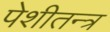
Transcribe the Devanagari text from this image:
पेशीतन्त्र